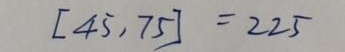
[ 4 5 , 7 5 ] = 2 2 5